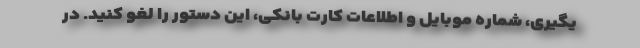
یگیری، شماره موبایل و اطلاعات کارت بانکی، این دستور را لغو کنید. در